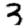
Digit: 3